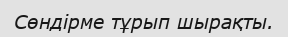
Сөндірме тұрып шырақты.